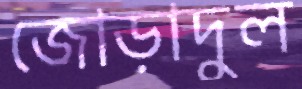
জোড়াদুল